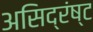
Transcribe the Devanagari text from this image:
असिद्रंष्ट